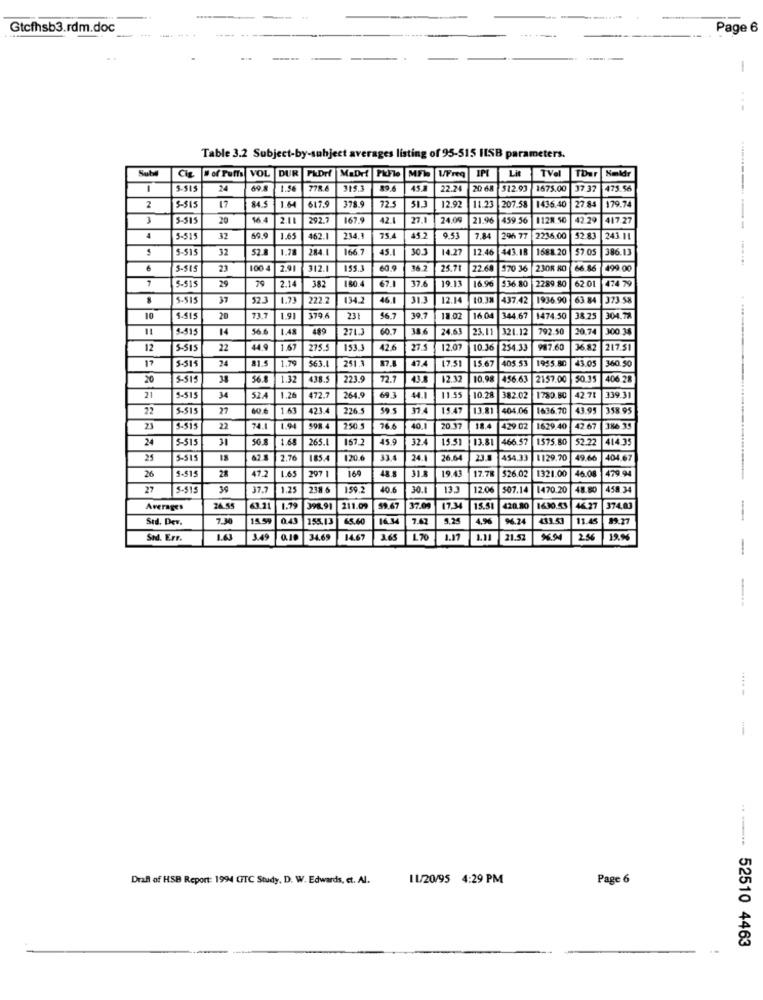
Gtcfhsb3.rdm.doc
-
Page 6
-
---
Table 3.2 Subject-by-subject averages listing of 95-515 HISB parameters.
Sub
of Puffs
VOL
DUR
PhDrf MaDrt PuFfle
WFreq
IPI
Lit
Keldr
TVel
TDer
S-515
24
1.56
778.6
315.3
89.6
45.
22.24
20 68 512.93
1675.00
37 37
475.56
84.5
2
17
1.64
617.9
378.9
72.5
12.92
11 23
207.58
1436,40
27 84
179.74
3
5-51
20
16 4
2.1
292.7
167.9
42.1
27.1
24.09
21.96
459.56
1128.50
42.29
417.27
--------
4
5-51
32
59.9
1.65
462.1
234.1
75.4
45.2
0.53
7.84
2%6 77
2236.00
243.11
5-515
32
1.78
284 1
166.7
45.1
303
14.27
443.18
1588.20
57.05
386.13
12.46
6
5-515
23
100 4
2.91
312.1
155.3
60.9
36.2
25.71
72.6
1970 36
2308 80
66.86
499 00
7
29
79
382
180.4
37.6
19.13
16.96
474 79
5-51
2.14
67.1
536.80
2289.80
62.01
5-515
37
52.3
1.73
222.2
134.2
46.1
12.14
10.33
437.42
1936.90
63.84
373 58
10
5-515
20
73.7
1.91
379 6
231
56.7
39.7
18.02
16 04
344.67
1474.50
1 38.25
304.79
5.315
14
56.6
1.48
489
2713
60.7
38.6
24.63
23. 11 321.12
92.50
20.74
300 38
12
5-515
22
44.9
1.67
275.5
153.3
42.6
27.5
12.07
10.36
1234.33
87.60
16.82
217.51
24
81.9
1.79
$63.1
241.3
474
405.53
360.50
17
5-315
17.51
15.67
1955.80 43.05
20
5-515
38
56.8
1.32
438.5
223.9
12.7
12.32
10.98
456.63 2157.00 50.35
406 28
21
5-515
34
52.4
1.26
472.7
264.9
693
44.1
11.99
10.28
382.02
1750.80
42 .71
339.31
22
5-515
27
60.6
1.63
423.4
226.5
37.4
15.47
13.81
404.06
1636.70
43.95
358.95
23
5-515
22
74.1
1.94
250.5
76.6
40,1
20 37
429 02
1629.40
42 67
186 35
24
5-515
31
50 8
1.68
265.1
167.2
45.9
32.4
15.5
13.81
466 97
1575.80
52.22
414 35
25
5-515
67 1
2.76
185.
120.6
33.4
24.1
26.64
23.1
454.33
1129.70
49.66
404.67
47.2
1.65
169
48 8
31.3
19.43
479 94
26
5-51
28
297 1
17.78
$26.0
1321.00
46.08
27
5-51
39
37.7
1.25
238
159.2
40.6
30.
133
12.06
507.14
1470.20
48.80
458 34
Averages
24.55
63.21
1.79
398.91
211.09
59.67
37.00
17.34
15.51
428.80
1630.53
44.37
374,01
Std. Dev.
7.30
14.59
0.43
158.13
65.60
7.4
5.25
4 %
96.24
433.53
11.45
89.27
-
Sid. Err.
1.63
3.49
0.10
34.69
14.67
3.65
1.70
1.17
1.11
21.57
2.86
-
---
Draft of HSB Report: 1994 CTC Study, D. W. Edwards, et. Al.
11/20/95 4:29 PM
Page 6
52510 4463